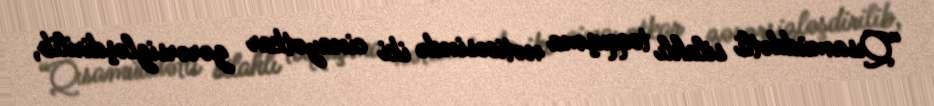
“Qısamüddətli silahlı toqquşma nəticəsində iki cinayətkar zərərsizləşdirilib,